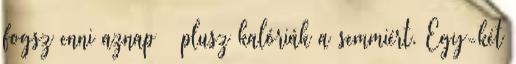
fogsz enni aznap – plusz kalóriák a semmiért. Egy-két